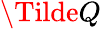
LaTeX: \Tilde{Q}